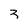
Character: 3